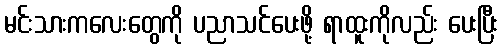
မင်းသားကလေးတွေကို ပညာသင်ပေးဖို့ ရာထူးကိုလည်း ပေးပြီး